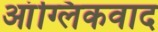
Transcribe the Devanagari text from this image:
आंग्लिकवाद